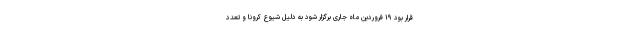
قرار بود ۱۹ فروردین ماه جاری برگزار شود به دلیل شیوع کرونا و تعدد